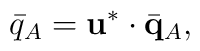
\bar{q}_{A} = {\bf u}^{*} \cdot \bar{{\bf q}}_{A},